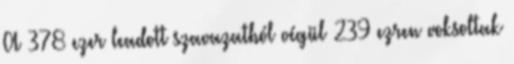
A 378 ezer leadott szavazatból végül 239 ezren voksoltak